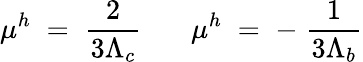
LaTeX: \mu^{h}\; =\; \frac{2}{3\Lambda_{c}}~~~~~~~\mu^{h}\; =\; -\; \frac{1}{3\Lambda_{b}}